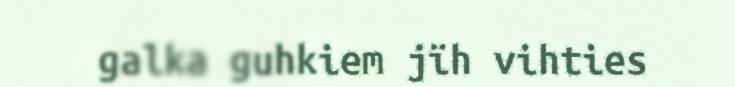
galka guhkiem jïh vihties